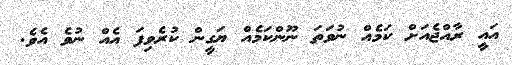
އައީ ރާއްޖެއަށް ކަމެއް ނުވަތަ ނޫންކަމެއް ޔަގީން ކުރެވިފަ އެއް ނުވެ އެވެ.